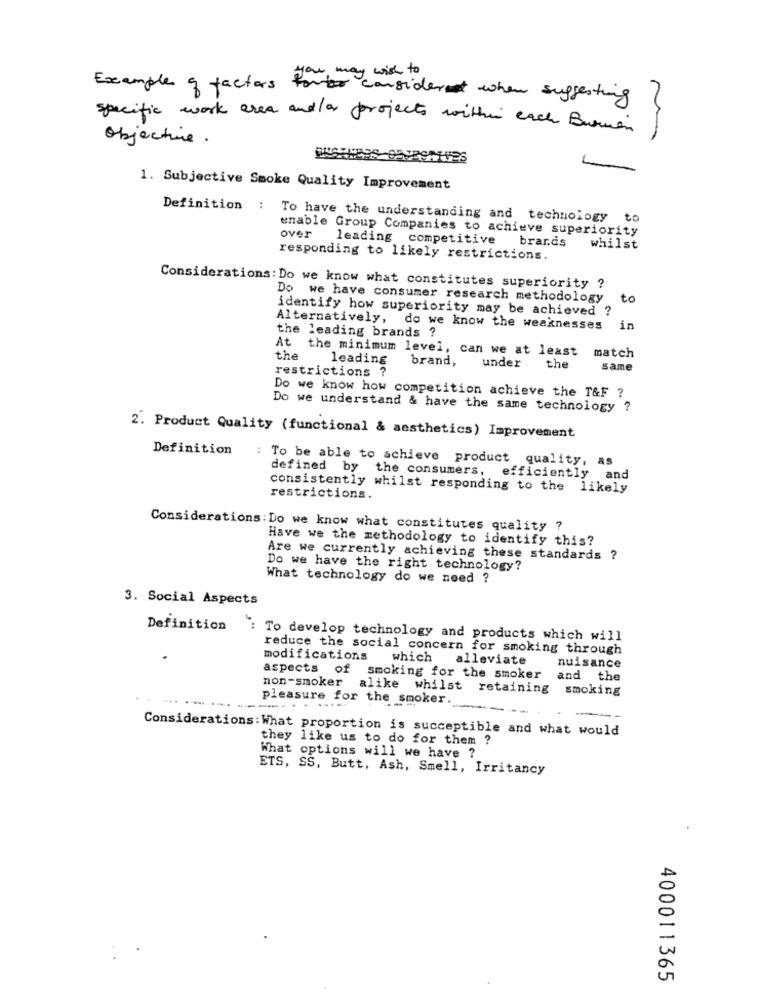
Example of factors for consider when suggesting
specific work area and /or projects within each Burian
objective.
BENUES
1. Subjective Smoke Quality Improvement
Definition : To have the understanding and technology
to
enable Group Companies to achieve superiority
over
leading competitive
brands whilst
responding to likely restrictions.
Considerations: Do we know what constitutes superiority ?
Do we have consumer research methodology
to
identify how superiority may be achieved ?
Alternatively, do we know the weaknesses
in
the leading brands ?
At the minimum level, can we at least
the
leading brand,
under
match
restrictions ?
the
same
Do we know how competition achieve the T&F ?
Do we understand & have the same technology ?
2. Product Quality (functional & aesthetics) Improvement
Definition
: To be able to achieve product quality, as
defined by the consumers,
efficiently
and
consistently whilst responding to the likely
restrictions.
Considerations: Do we know what constitutes quality ?
Have we the methodology to identify this?
Are we currently achieving these standards ?
Do we have the right technology?
What technology do we need ?
3. Social Aspects
Definition
": To develop technology and products which will
reduce the social concern for smoking through
modifications
which
alleviate
nuisance
aspects of smoking for the smoker
non-smoker
and the
alike whilst retaining smoking
pleasure for the smoker.
--
---.. . -----
---
-
- -
Considerations: What proportion is succeptible and what would
they like us to do for them ?
What options will we have ?
ETS, SS, Butt, Ash, Smell, Irritancy
400011365